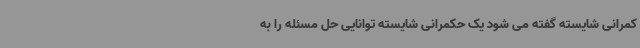
کمرانی شایسته گفته می شود یک حکمرانی شایسته توانایی حل مسئله را به